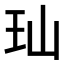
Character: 𬍑